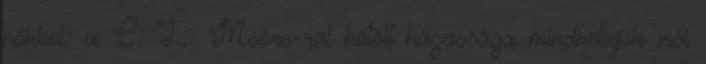
nőkkel: a C. L. Moore-ral kötött házassága mindkettejük írói